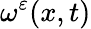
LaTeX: \omega^{\varepsilon}(x,t)